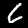
Label: 6